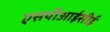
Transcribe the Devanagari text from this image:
एसपीआईसीई